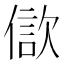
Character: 𣣢